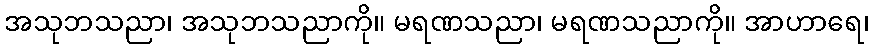
အသုဘသညာ၊ အသုဘသညာကို။ မရဏသညာ၊ မရဏသညာကို။ အာဟာရေ၊